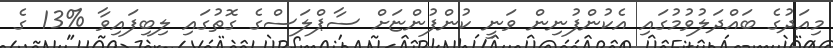
މިއަދުގެ ބައްދަލުވުމުގައި އެކުންފުނިން ވަނީ ކުންފުންޏަށް ސާޕްލަސްގެ ގޮތުގައި ލިބިފައިވާ %13 ގެ